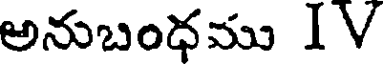
అనుబంధము IV